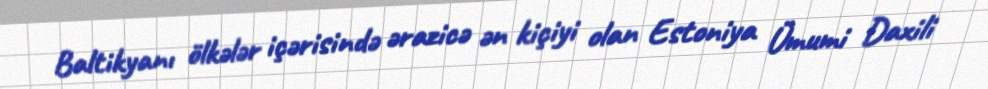
Baltikyanı ölkələr içərisində ərazicə ən kiçiyi olan Estoniya Ümumi Daxili